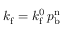
k _ { \mathrm { f } } = k _ { \mathrm { f } } ^ { 0 } \, p _ { \mathrm { b } } ^ { \mathrm { n } }